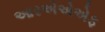
આરએએએફ